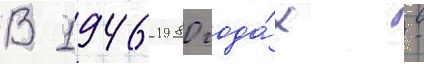
В 1946-1980 года́х -